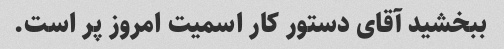
ببخشید آقای دستور کار اسمیت امروز پر است.